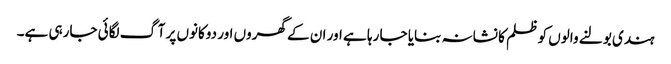
ہندی بولنے والوں کو ظلم کا نشانہ بنایا جا رہا ہے اور ان کے گھروں اور دوکانوں پر آگ لگائی جارہی ہے۔